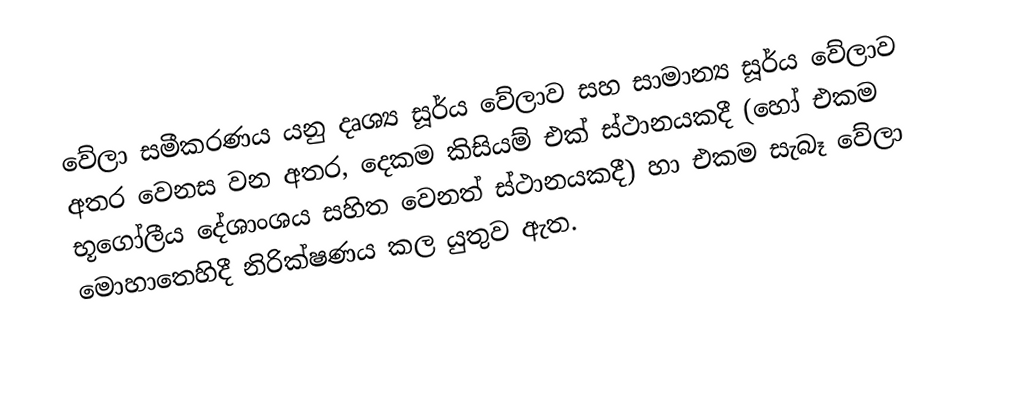
වේලා සමීකරණය යනු දෘශ්‍ය සූර්ය වේලාව  සහ සාමාන්‍ය සූර්ය වේලාව අතර වෙනස වන අතර, දෙකම කිසියම් එක් ස්ථානයකදී (හෝ එකම භූගෝලීය දේශාංශය සහිත වෙනත් ස්ථානයකදී) හා එකම සැබෑ  වේලා මොහාතෙහිදී නිරික්ෂණය කල යුතුව ඇත.